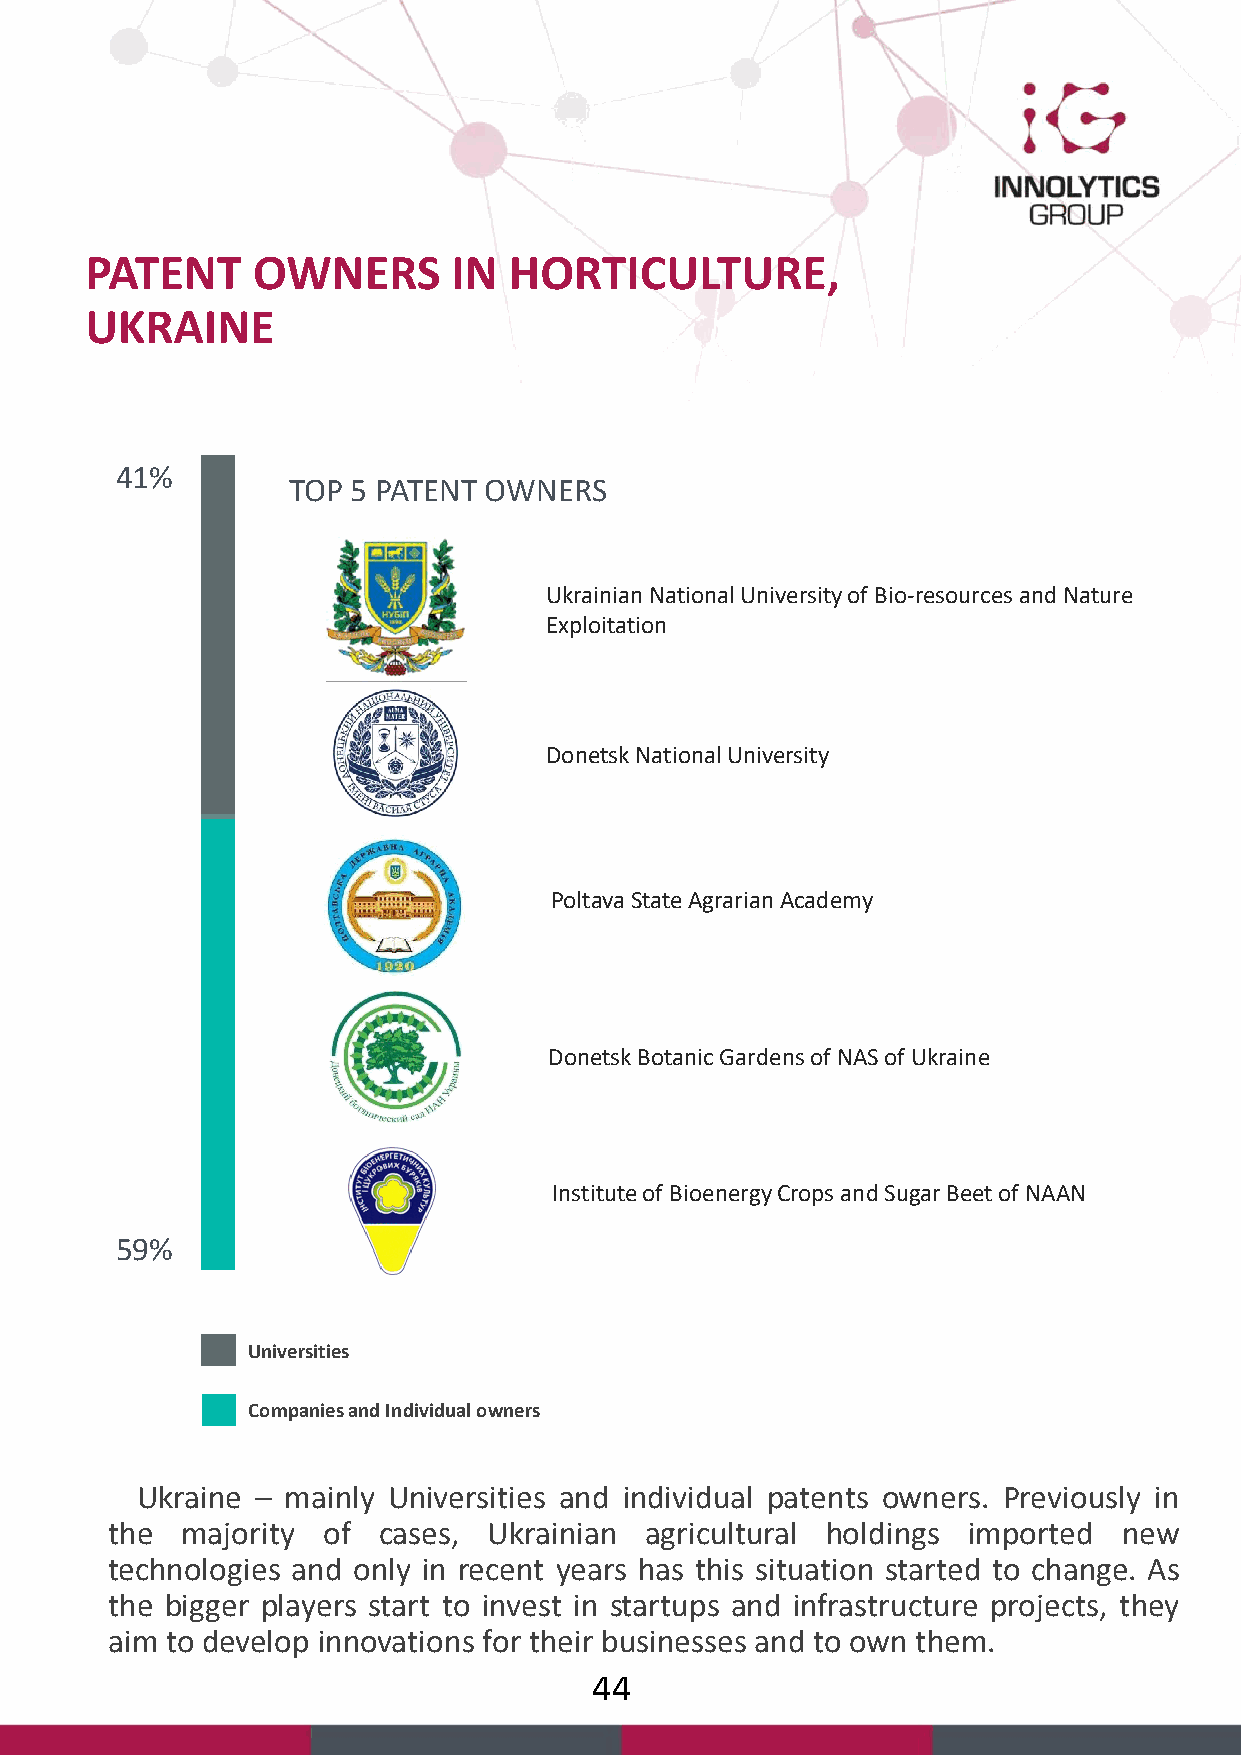
PATENT     OWNERS       IN  HORTICULTURE,
 UKRAINE
 41%
 TOP 5 PATENT OWNERS
 Ukrainian National University of Bio-resources and Nature
 Exploitation
 Donetsk National University
 Poltava State Agrarian Academy
 Donetsk Botanic Gardens of NAS of Ukraine
 Institute of Bioenergy Crops and Sugar Beet of NAAN
 59%
 Universities
 Companies and Individual owners
 Ukraine – mainly Universities and individual patents owners. Previously in
 the  majority of  cases, Ukrainian  agricultural holdings imported new
 technologies and only in recent years has this situation started to change. As
 the bigger players start to invest in startups and infrastructure projects, they
 aim to develop innovations for their businesses and to own them.
 44